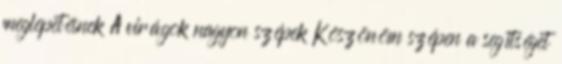
meglepetésnek A virágok nagyon szépek Köszönöm szépen a segítséget